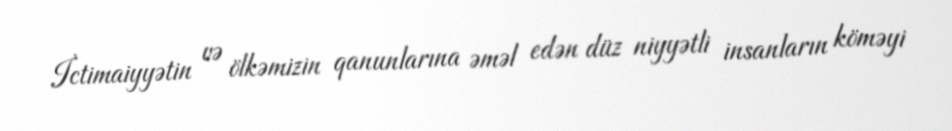
İctimaiyyətin və ölkəmizin qanunlarına əməl edən düz niyyətli insanların köməyi